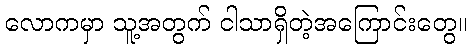
လောကမှာ သူ့အတွက် ငါသာရှိတဲ့အကြောင်းတွေ။